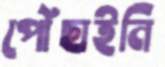
পৌঁছাইনি